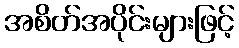
အစိတ်အပိုင်းများဖြင့်